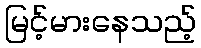
မြင့်မားနေသည့်